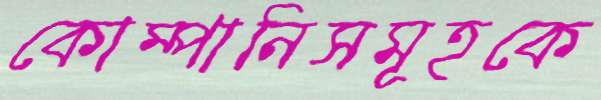
কোম্পানিসমূহকে